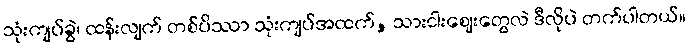
သုံးကျပ်ခွဲ၊ ထန်းလျက် တစ်ပိဿာ သုံးကျပ်အထက်, သားငါးဈေးတွေလဲ ဒီလိုပဲ တက်ပါတယ်။